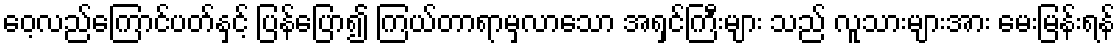
ဝေ့လည်ကြောင်ပတ်နှင့် ပြန်ပြော၍ ကြယ်တာရာမှလာသော အရှင်ကြီးများ သည် လူသားများအား မေးမြန်းရန်